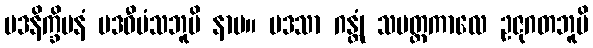
ပဒနိက္ခိပနံ ပဒဝီမံသဘူမိ နာမ။ ပဒသာ ဂန္တုံ သမတ္ထကာလေ ဥဇုဂတဘူမိ